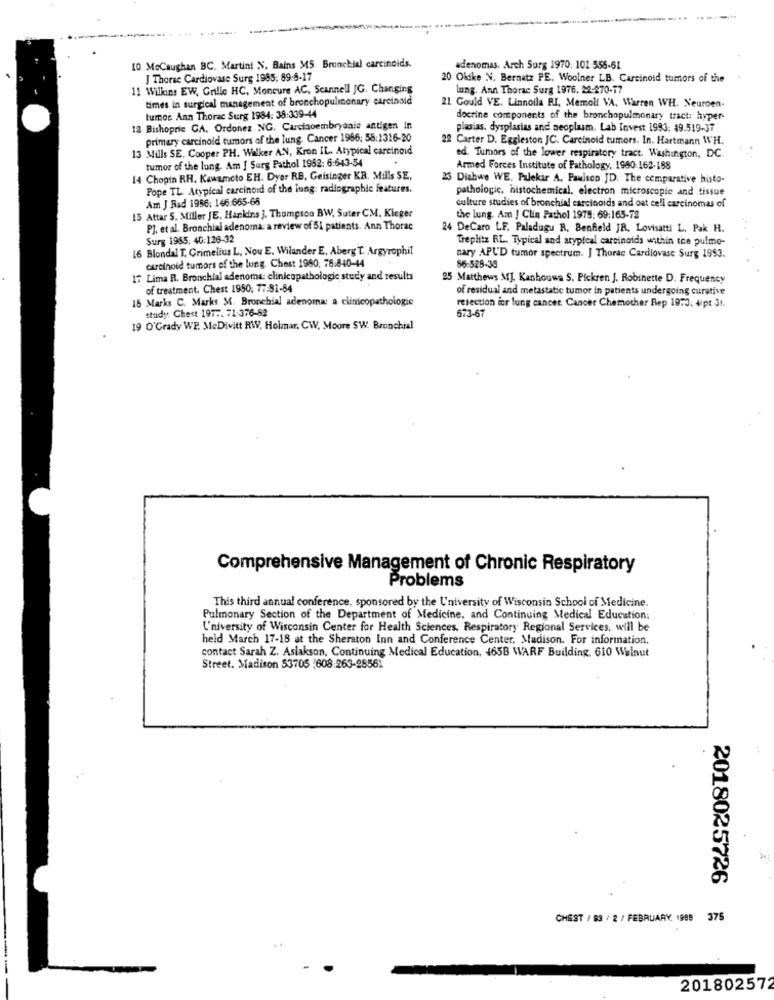
10 MoCaughan BC, Martini N. Bains MS. Bronchial carcinoids.
adenomas. Arch Surg 1970: 101-556-61
J Thorac Cardiovase Surg 1985: 89:8-17
20 Olike N. Bernetz PE. Woolner LB. Carcinoid tumors of the
11 Wilkins EW, Grillo HC, Moncure AC, Scannell JG. Changing
Lung. Ann Thorac Surg 1976. 22-270-17
times in surgical management of bronchopulmonary carcinoid
21 Gould VE. Linnoila RI, Memoli VA, Warren WH. Neuroen-
tumos Ann Thorac Surg 1984: 38:339-44
docrine components of the bronchopulmonary tract: hyper-
12 Bishopric GA. Ordonez NG. Carcinoembryoale antigen In
plasias. dysplasias and neoplasm. Lab Invest 1993: 49.519-37
primary carcinoid tumors of the lung Cancer 1966: 58:1316-20
22 Carter D. Eggleston JC. Carcinoid tumors. In. Hartmann WH.
13 Mills SE. Cooper PH. Walker AN, Kron IL. Atypical carcinoid
tumor of the lung. Am J Surg Pathol 1982: 6:643-54
ed. Tumors of the lower respiratory tract. Washington, DC.
Armed Forces Institute of Pathology. 1980:162-188
14 Chopin RH. Kawamoto EH. Dyer RB, Geisinger KR. Mills SE,
23 Diabwe WE. Palekar A. Paulsen JD. The comparative bisto-
Pope TL. Atypical carcinoid of the long: radiographic features.
pathologic, histochemical. electron microscopic and tissue
Am J Rad 1986: 146:665-66
culture studies of bronchial carcinoids and oat cell carcinomas of
15 Attar S. Miller JE. Hankins ]. Thompson BW, Suter CM. Kleger
the lung. Am J Clin Pathol 1978: 69:165-72
PJ, et al. Bronchial adenoma: a review of 51 patients. Ann Thorac
24 DeCaro LF. Paladugu R. Benfield JR, Lovisatti L. Pak H.
Surg 1955: 40:126-32
Treplitz RL. Typical and atypical carcinoids within the pulmo-
16 Blondal T. Crimelius L, Nou E. Wilander E, Aberg T. Argyrophil
nary APUD tumor spectrum. J Thorac Cardiovasc Surg 1953.
carcinoid tumors of the lung. Chest 1980, 78.840-44
86-528-30
17 Lima R. Bronchial adenoma: clinicopathologic study and results
25 Matthews MJ. Kanhouwa S. Pickren J. Robinette D. Frequency
of treatment. Chest 1950; 77-81-84
of residual and metastatic tumor in patients undergoing curative
15 Marks C. Marks M. Bronchial adenoma: a clinicopathologie
study: Chest 1977. 71:376-82
resection icr lung cancer. Cancer Chemother Rep 1973. 4/pt 31.
673-67
19 O'Grady WP. MeDivitt RW, Holmar. CW, Moore SW. Bronchial
Comprehensive Management of Chronic Respiratory
Problems
This third annual conference, sponsored by the University of Wisconsin School of Medicine.
Pulmonary Section of the Department of Medicine, and Continuing Medical Education:
University of Wisconsin Center for Health Sciences, Respiratory Regional Services, will be
held March 17-18 at the Sheraton Inn and Conference Center, Madison. For information.
contact Sarah Z. Asiakson, Continuing Medical Education, 465B WARF Building. 610 Walnut
Street. Madison 53705 :608:263-28561
In
2018025726
CHEST / 83 / 2 / FEBRUARY. 1988 375
201802572